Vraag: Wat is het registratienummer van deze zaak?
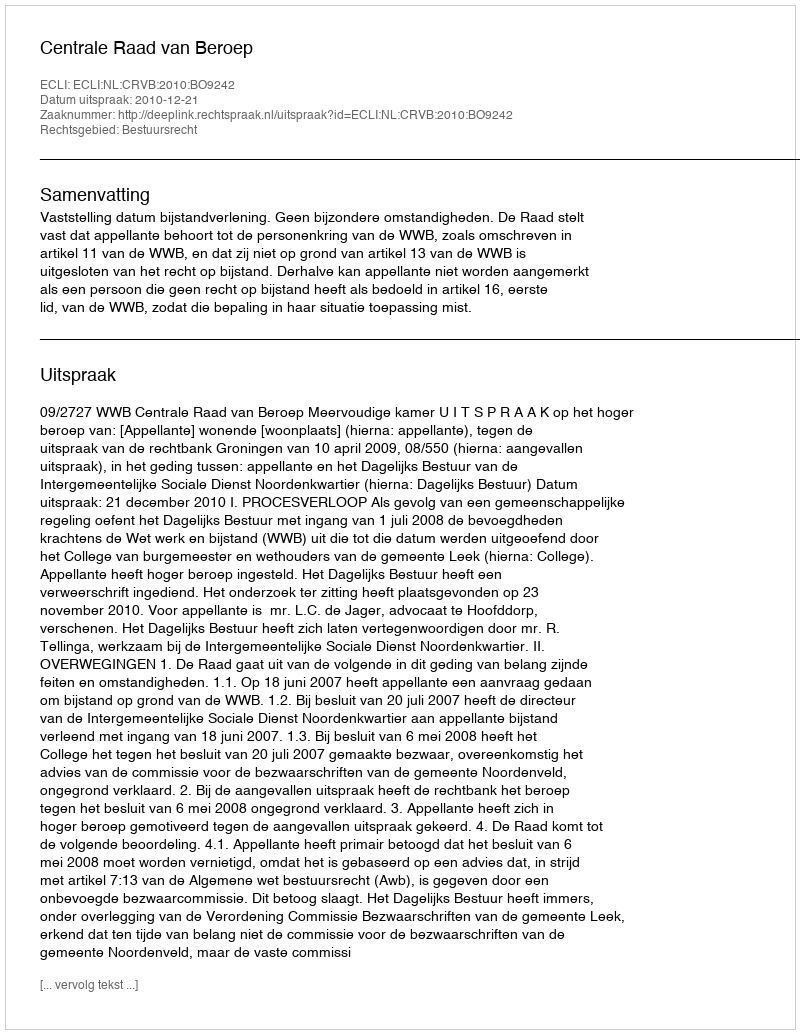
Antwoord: http://deeplink.rechtspraak.nl/uitspraak?id=ECLI:NL:CRVB:2010:BO9242